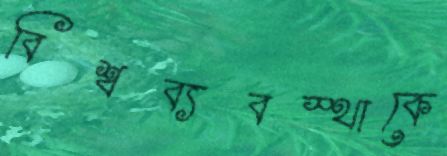
বিশ্বব্যবস্থাকে